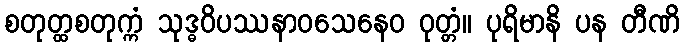
စတုတ္ထစတုက္ကံ သုဒ္ဓဝိပဿနာဝသေနေဝ ဝုတ္တံ။ ပုရိမာနိ ပန တီဏိ